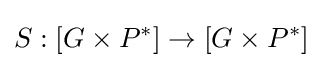
S:[G\times P^{*}]\rightarrow [G\times P^{*}]